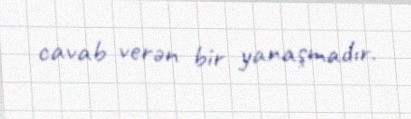
cavab verən bir yanaşmadır.